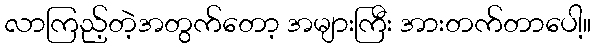
လာကြည့်တဲ့အတွက်တော့ အများကြီး အားတက်တာပေါ့။